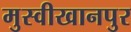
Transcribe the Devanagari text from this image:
मुस्वीखानपुर